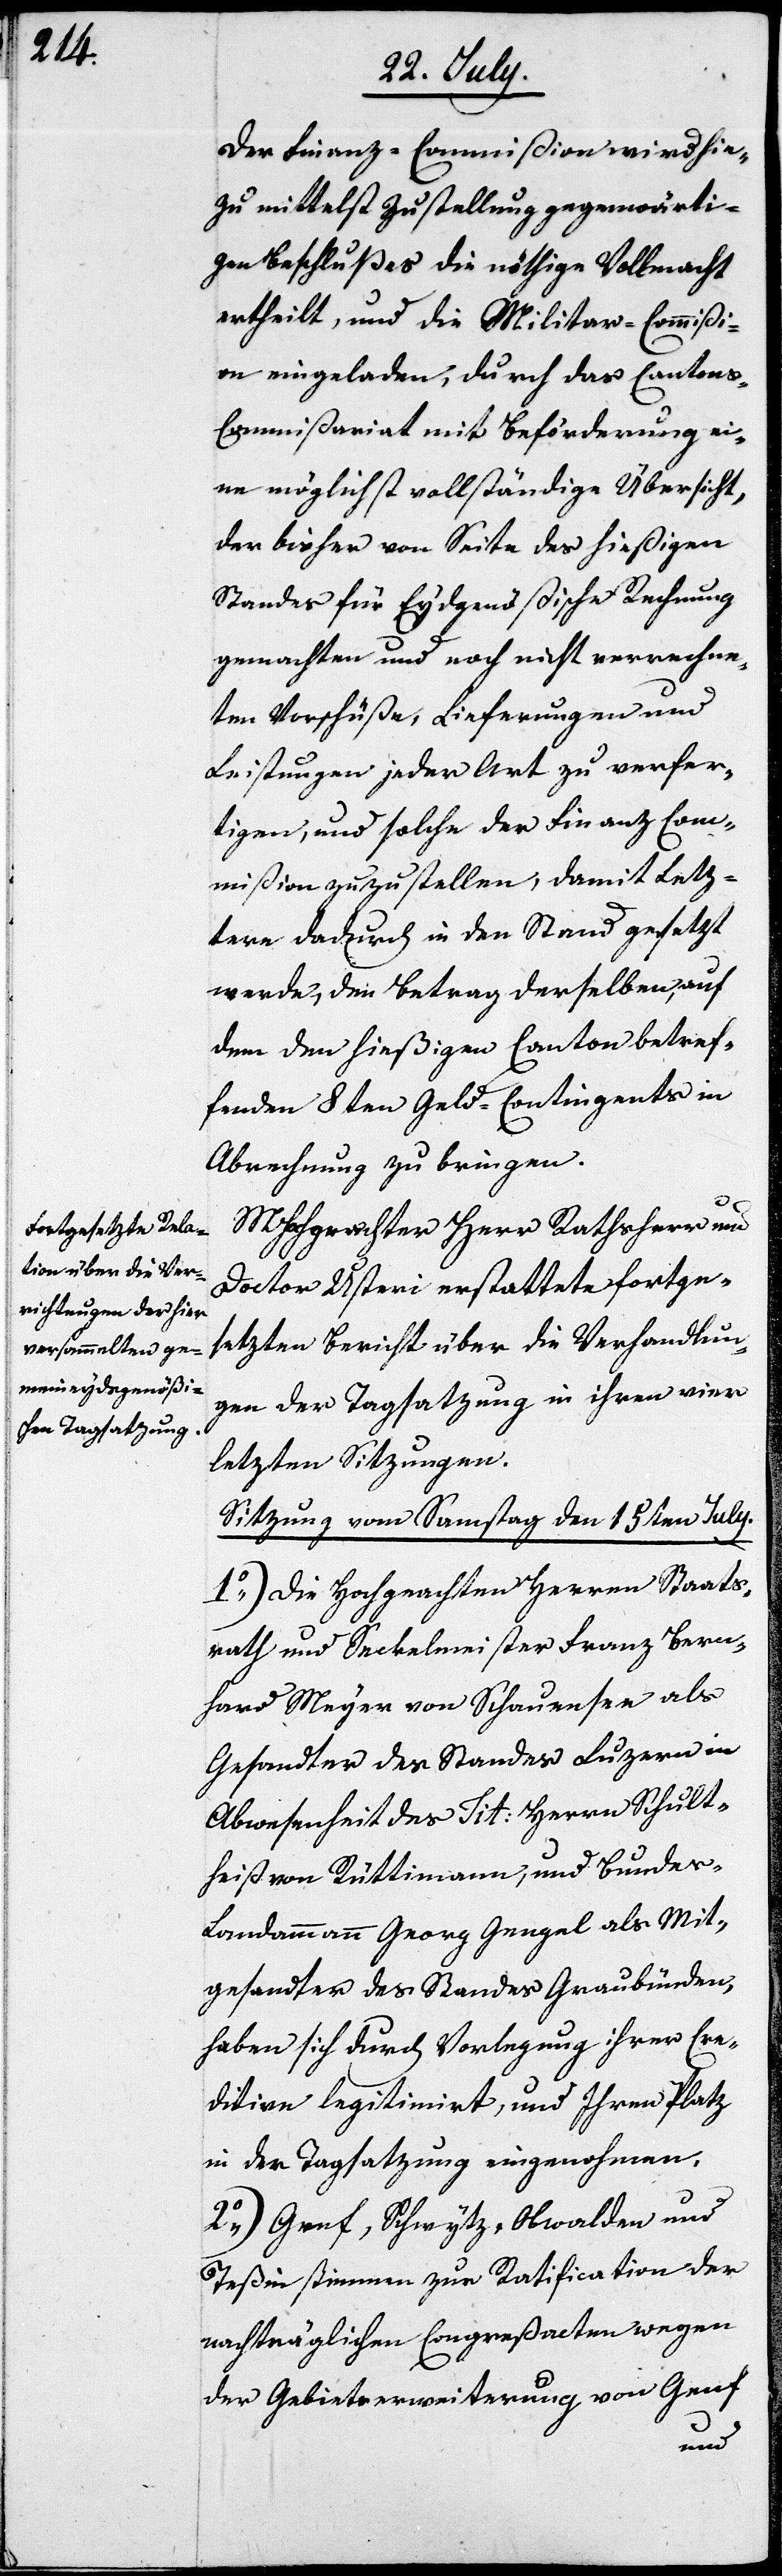
Der Finanz-Commißion wird hie¬
zu mittelst Zustellung gegenwärti¬
gen Beschlußes die nöthige Vollmacht
ertheilt, und die Militar-Commißi¬
on eingeladen, durch das Canton¬
s-Commißariat mit Beförderung ei¬
ne möglichst vollständige Übersicht,
der bisher von Seite des hießigen
Standes für Eydgenößische Rechnung
gemachten und noch nicht verrechne¬
ten Vorschüße, Lieferungen und
Leistungen jeder Art zu verfer¬
tigen, und solche der Finanz-Com¬
mißion zuzustellen, damit Lez¬
tere dadurch in den Stand gesetzt
werde, den Betrag derselben, auf
dem den hießigen Canton betref¬
fenden 8ten Geld-Contingent in
Abrechnung zu bringen.
MHochgeachter Herr Rathsherr und
Doctor Usteri erstattete fortge¬
setzten Bericht über die Verhandlun¬
gen der Tagsatzung in ihren vier
letzten Sitzungen.
Sitzung vom Samstag den 15ten July.
1.) Die Hochgeachten HHerren Staats¬
rath und Seckelmeister Franz Bern¬
hard Meyer von Schauensee als
Gesandter des Standes Luzern in
Abwesenheit des Tit. Herrn Schult¬
heiß von Rüttimann, und Bundes¬
landammann Georg Gengel als Mit¬
gesandter des Standes Graubünden
haben sich durch Vorlegung ihrer Cre¬
ditive legalisiert, und Ihren Platz
in der Tagsatzung eingenohmen.
2.) Genf, Schwytz, Obwalden und
Teßin stimmen zur Ratification der
nachträglichen Congreßacten wegen
der Gebietserweiterung von Genf